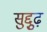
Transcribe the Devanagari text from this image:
सुद्दुृढ़